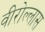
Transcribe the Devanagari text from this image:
वीरोल्लास